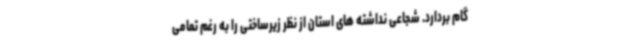
گام بردارد. شجاعی نداشته های استان از نظر زیرساختی را به رغم تمامی